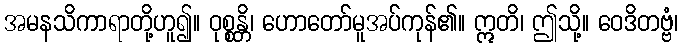
အမနသိကာရာတို့ဟူ၍။ ဝုစ္စန္တိ၊ ဟောတော်မူအပ်ကုန်၏။ ဣတိ၊ ဤသို့။ ဝေဒိတဗ္ဗံ၊